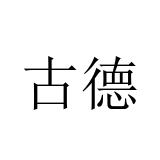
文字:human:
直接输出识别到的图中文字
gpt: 古德